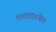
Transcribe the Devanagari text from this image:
शशादश्येन